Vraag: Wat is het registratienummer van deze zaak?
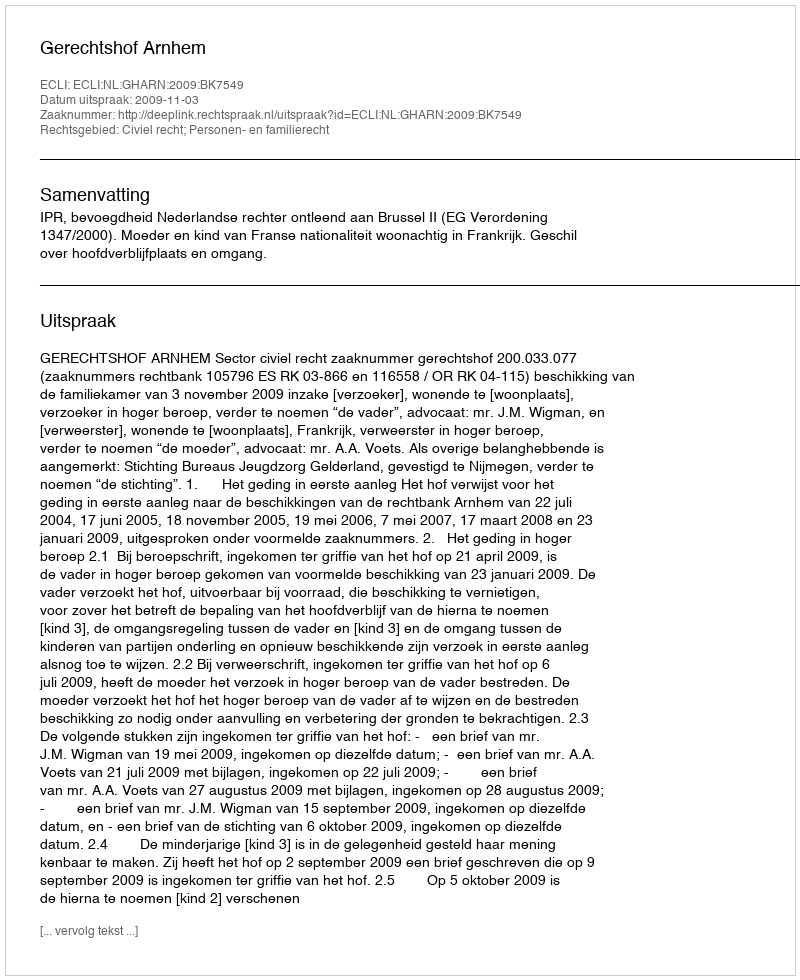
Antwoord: http://deeplink.rechtspraak.nl/uitspraak?id=ECLI:NL:GHARN:2009:BK7549